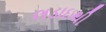
લડાઇથી